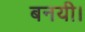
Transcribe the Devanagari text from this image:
बनयी।